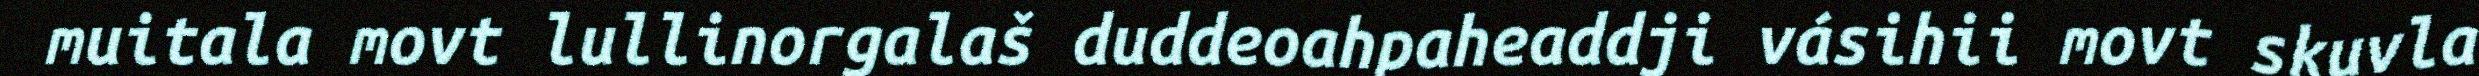
muitala movt lullinorgalaš duddeoahpaheaddji vásihii movt skuvla